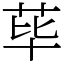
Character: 荜